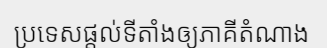
ប្រទេសផ្តល់ទីតាំងឲ្យភាគីតំណាង